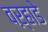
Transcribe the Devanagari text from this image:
वऱ्हाडे